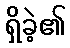
ရှိခဲ့၏